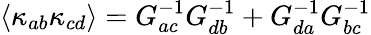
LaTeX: \left\langle\kappa_{ab}\kappa_{cd}\right\rangle=G_{ac}^{-1}G_{db}^{-1}+G_{da}^{-1}G_{bc}^{-1}